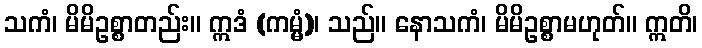
သကံ၊ မိမိဥစ္စာတည်း။ ဣဒံ (ကမ္မံ)၊ သည်။ နောသကံ၊ မိမိဥစ္စာမဟုတ်။ ဣတိ၊